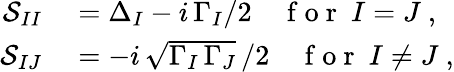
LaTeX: \begin{array}{rl}{\mathcal{S}_{II}}&{{}=\Delta_{I}-i\, \Gamma_{I}/2\quad\mathrm{~f~o~r~}~I=J~,}\\ {\mathcal{S}_{IJ}}&{{}=-i\, \sqrt{\Gamma_{I}\, \Gamma_{J}}\, /2\quad\mathrm{~f~o~r~}~I\neq J~,}\end{array}